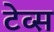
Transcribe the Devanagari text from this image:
टेव्स